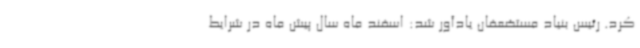
کرد. رئیس بنیاد مستضعفان یادآور شد: اسفند ماه سال پیش ماه در شرایط